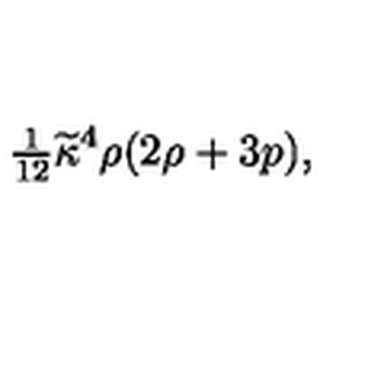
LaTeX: { \textstyle { \frac { 1 } { 1 2 } } } \widetilde { \kappa } ^ { 4 } \rho ( 2 \rho + 3 p ) ,